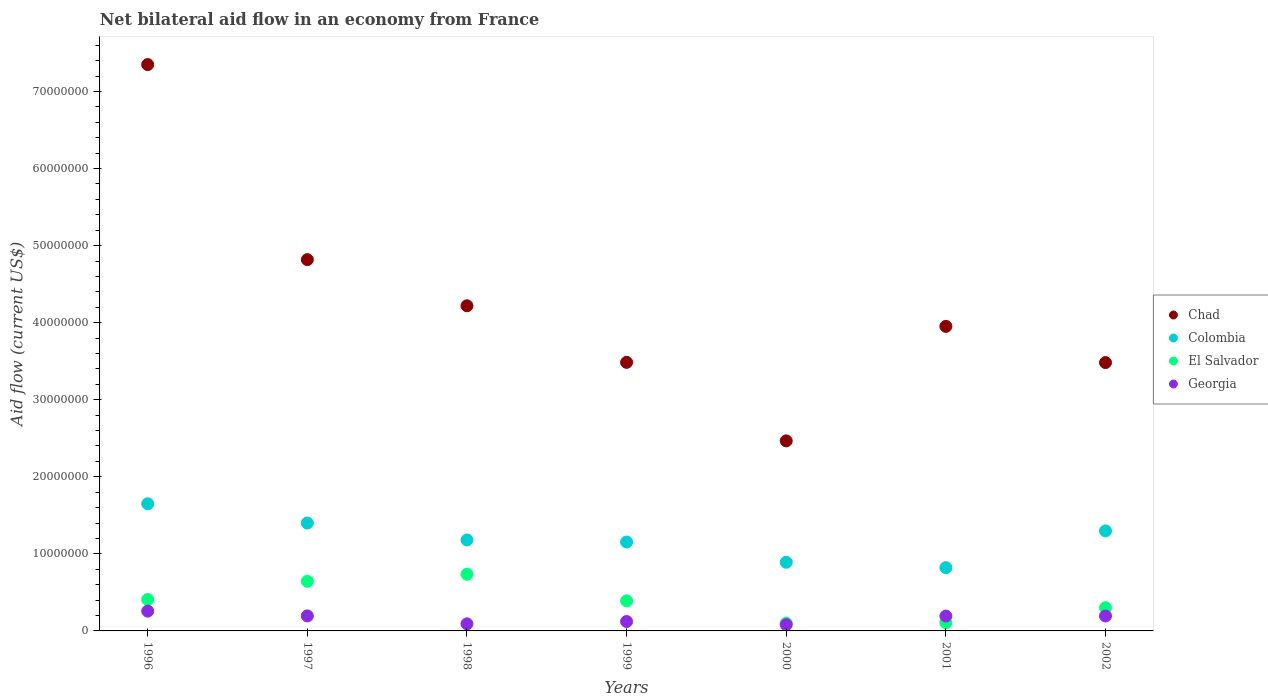
| Years | Chad | Colombia | El Salvador | Georgia |
 | --- | --- | --- | --- | --- |
 | 1996 | 7.35e+07 | 1.65e+07 | 4.08e+06 | 2.57e+06 |
 | 1997 | 4.82e+07 | 1.4e+07 | 6.44e+06 | 1.95e+06 |
 | 1998 | 4.22e+07 | 1.18e+07 | 7.35e+06 | 9.2e+05 |
 | 1999 | 3.48e+07 | 1.15e+07 | 3.9e+06 | 1.22e+06 |
 | 2000 | 2.47e+07 | 8.91e+06 | 1e+06 | 8.1e+05 |
 | 2001 | 3.95e+07 | 8.21e+06 | 1.07e+06 | 1.93e+06 |
 | 2002 | 3.48e+07 | 1.3e+07 | 3.01e+06 | 1.94e+06 |